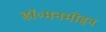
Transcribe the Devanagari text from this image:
डॉ॰मनमोहन